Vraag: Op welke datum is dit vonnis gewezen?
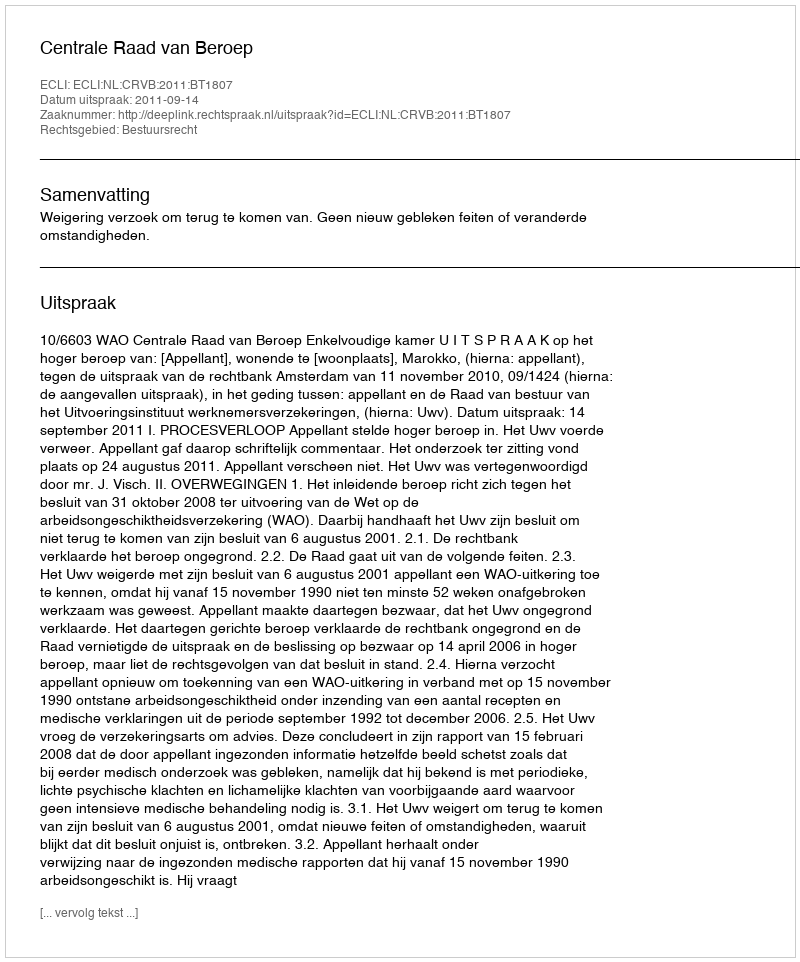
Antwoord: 2011-09-14